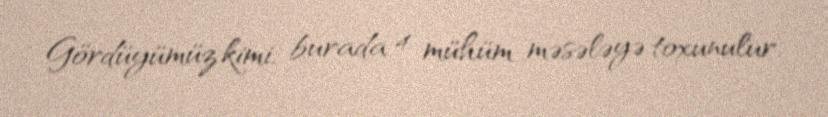
Gördüyümüz kimi, burada 4 mühüm məsələyə toxunulur.